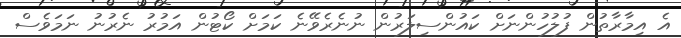
އެ އިމާރާތުން ފުލުހުންނަށް ކައުންސިލަރުން ނުނެރެވޭނެ ކަމަށް ކޯޓުން އަމުރު ނެރުނު ނަމަވެސް